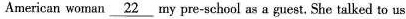
American woman \underline{22} my pre-school as a guest. She talked to us